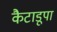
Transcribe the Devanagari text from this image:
कैटाडूपा